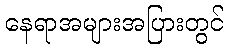
နေရာအများအပြားတွင်